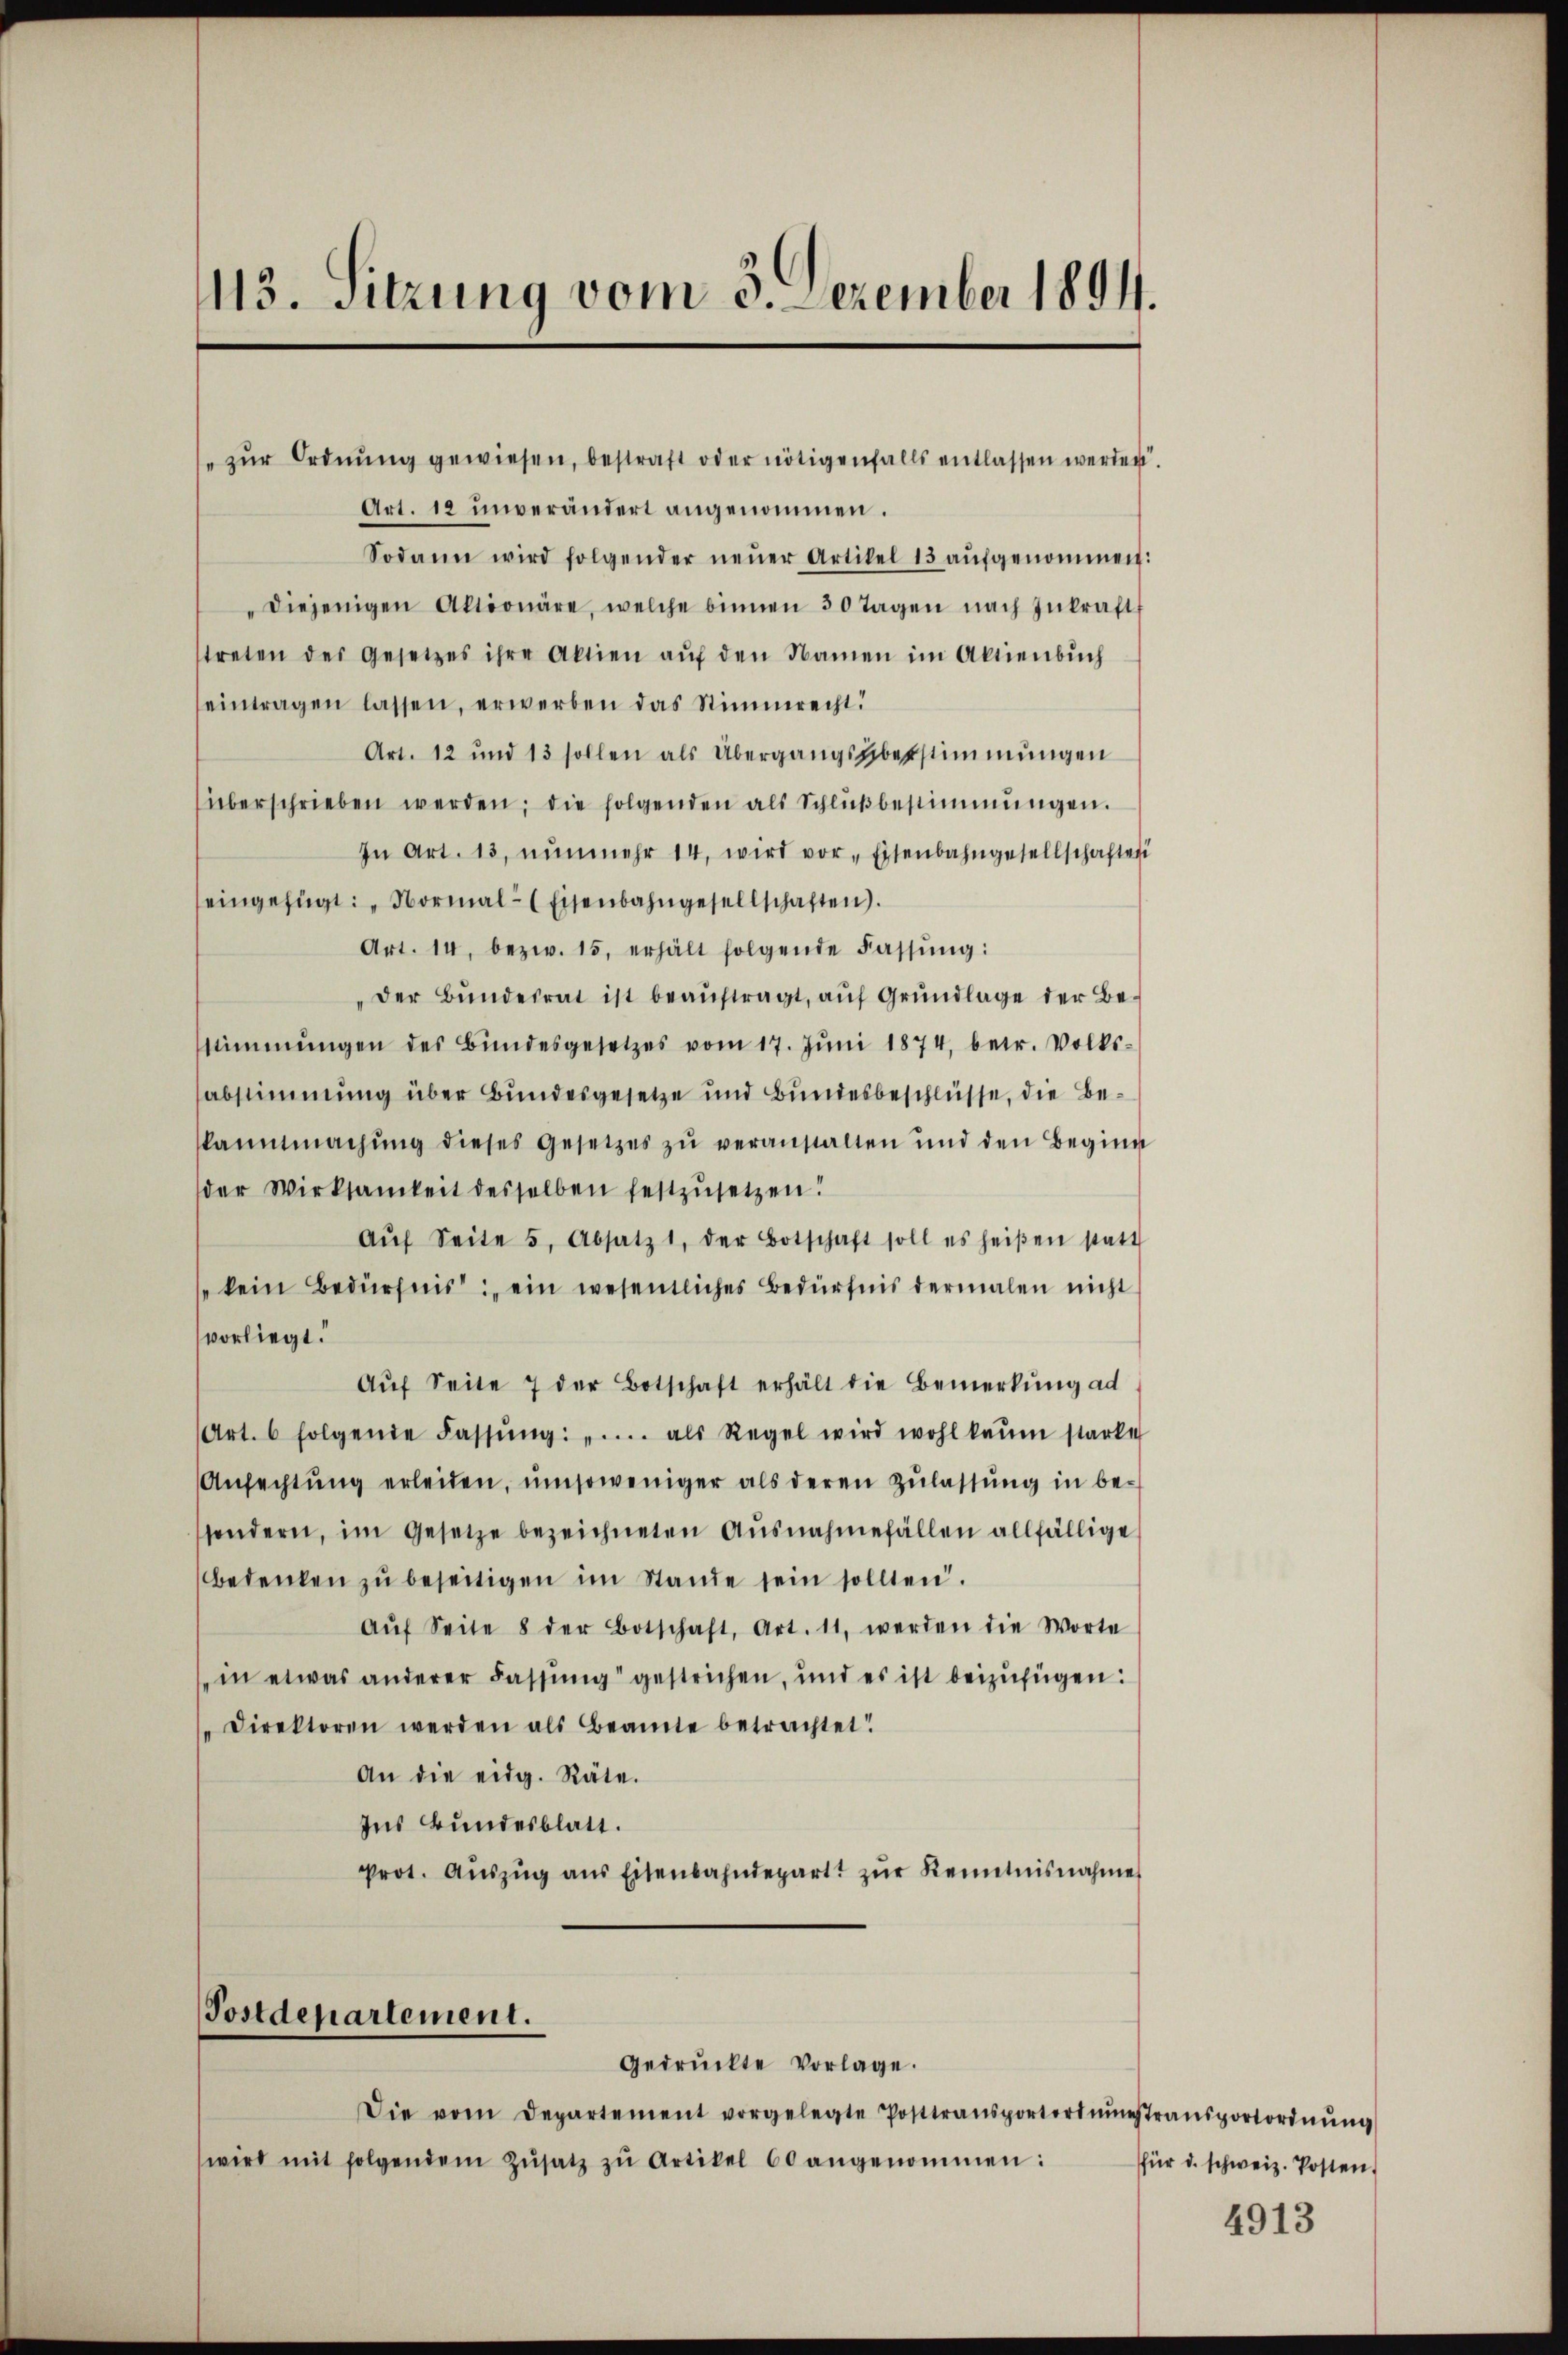
113. Sitzung vom 3. Dezember 1894.

" zŭr Ordnŭng gewiesen, bestraft oder nötigenfalls entlassen werden.
Art. 12 unverändert angenommen.
Sodann wird folgender neŭer Artikel 13 aŭfgenommen:
diejenigen Aktionäre, welche binnen 30 Tagen nach Inkraft
treten der Gesetzes ihre Aktien aŭf den Namen im Aktienbŭch
eintragen lassen, erwerben das Stimmrecht!
Art. 12 und 13 sollen als Übergangsüberstimmungen
überschrieben werden; die folgenden als Schlŭβbestimmungen.
In Art. 13, nŭnmehr 14, wird vor Eisenbahngesellschaftet
eingefügt: „Normal- (Eisenbahngesellschaften).
Art. 14. bezw. 15, erhält folgende Fassŭng:
der Bŭndesrat ist beaŭftragt, auf Grundlage der Bestimmungen des Bundesgesetzes vom 17. Jŭni 1874, betr. Volks-
abstimmung über Bundesgesetze und Bundesbeschlüsse, die Bekanntmachŭng dieses Gesetzes zŭ veranstalten und den Beginn
der Wirksamkeit desselben festzusetzen!
Aŭf Seite 5, Absatz 1, der Botschaft soll es heißen statt
kein Bedürfnis: ein wesentliches Bedürfnis dermalen nicht
vorliegt.
Aŭf Seite 7 der Botschaft erhält die Bemerkung ad
Art. 6 folgende Fassŭng: ".... als Regel wird wohl kaum starke
Anfechtŭng erleiden, ŭmsoweniger als deren Zŭlassŭng in be-
sondern, im Gesetze bezeichneten Ausnahmefällen allfällige
bedenken zŭ beseitigen im Stande sein sollten.
Aŭf Seite 8 der Botschaft, Art. 11, werden die Worte
in etwas anderer Fassŭng gestrichen, und es ist beizufügen:
"Direktoren werden als Beamte betrachtet!
An die eidg. Räte.
Ins Bundesblatt.
Prot. Aŭszŭg aŭs Eisenbahndepart zŭr Kenntnisnahme

Postdepartement.
gedruckte Vorlage.

Die vom Departement vorgelegte Posttransportordnŭngstransportordnŭng
wird mit folgendem Zŭsatz zŭ Artikel 60 angenommen:

für d. schweiz. Posten.

4913